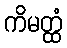
ကိမတ္ထံ